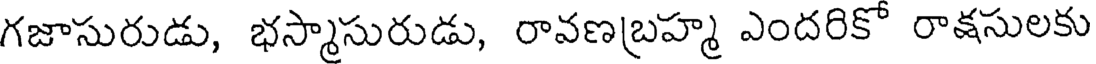
గజాసురుడు, భస్మాసురుడు, రావణబ్రహ్మ ఎందరికో రాక్షసులకు